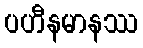
ပဟီနမာနဿ